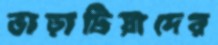
ভাড়াটিয়াদের